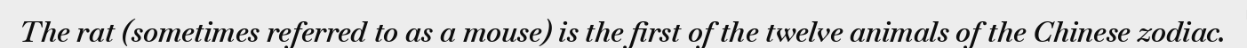
The rat (sometimes referred to as a mouse) is the first of the twelve animals of the Chinese zodiac.